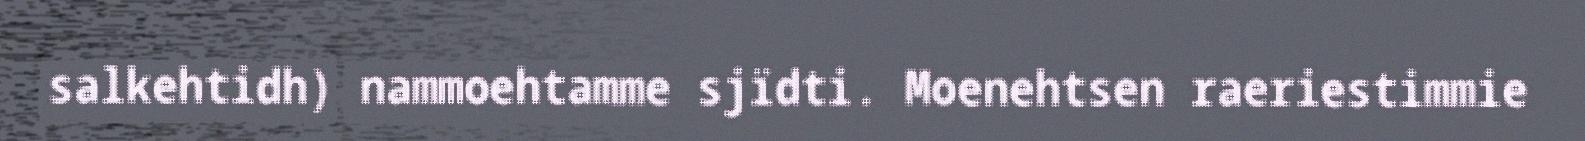
salkehtidh) nammoehtamme sjïdti. Moenehtsen raeriestimmie